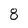
Character: 8